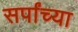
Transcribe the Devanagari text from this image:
सर्पांच्या